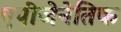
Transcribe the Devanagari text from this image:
एपीजेनेतिक